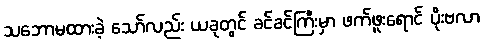
သဘောမထားခဲ့ သော်လည်း ယခုတွင် ခင်ခင်ကြီးမှာ ဖက်ဖူးရောင် ပိုးဗလာ